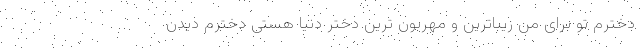
دخترم تو برای من زیباترین و مهربون ترین دختر دنیا هستی دخترم دیدن